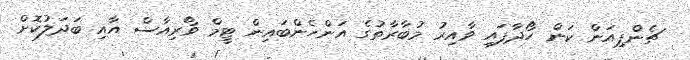
ޗެންޕިއަން ކަން ހޯދާފައި ވާއިރު މުބާރާތުގެ އަންހެންބައިން ޓީމް ވޯރިއާސް އާއި ބަދަލުކޮށް